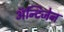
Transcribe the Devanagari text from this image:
अॅन्टिजेन